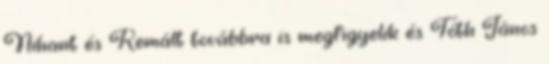
Nihant és Kemált továbbra is megfigyelik és Tóth János